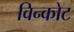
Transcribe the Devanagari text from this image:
विन्कोट